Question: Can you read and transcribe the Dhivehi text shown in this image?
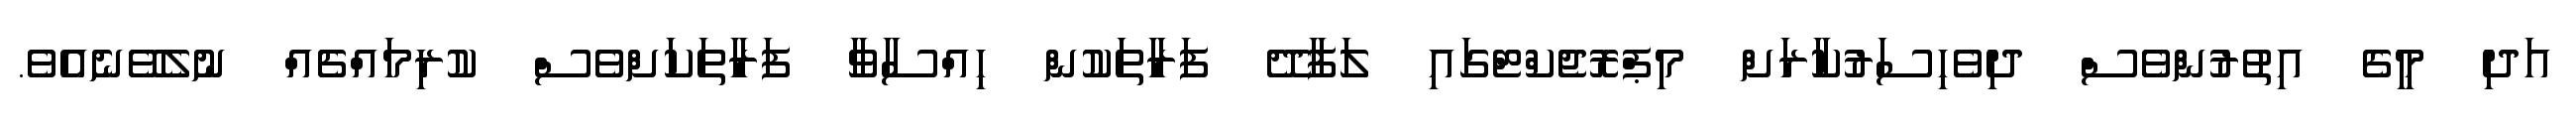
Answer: އަދި މީގެ އިތުރުންވެސް ދިވެހިސަރުކާރަށް މިޕްރޮޖެކްޓްގައި ލަފާދޭ ފަރާތަކުން ހިއްސާވާ ފަރާތަކަށްވެސް ކުރިމައްޗެއް ނުލެވޭނެއެވެ.